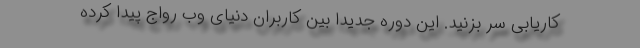
کاریابی سر بزنید. این دوره جدیدا بین کاربران دنیای وب رواج پیدا کرده